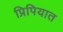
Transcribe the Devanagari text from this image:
प्रिपियात